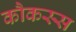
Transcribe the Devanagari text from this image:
कौकस्स